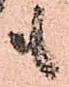
も